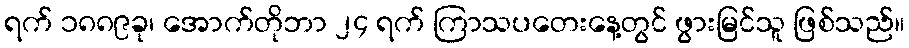
ရက် ၁၈၈၉ခု၊ အောက်တိုဘာ ၂၄ ရက် ကြာသပတေးနေ့တွင် ဖွားမြင်သူ ဖြစ်သည်။